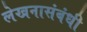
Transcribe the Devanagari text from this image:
लेखनासंबंधी